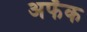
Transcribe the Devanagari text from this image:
अफँक